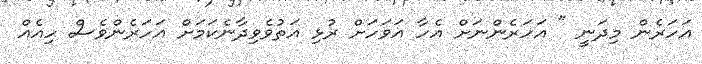
އަހަރެން މިދަނީ " އަހަރެންނަށް އެހާ އަވަހަށް ރުޅި އަތުވެވިދާނެކަމަށް އަހަރެންވެސް ހިއެއް